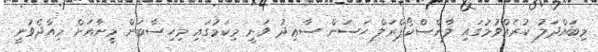
މިބައްދަލު ކުރެއްވުމުގައި ލާންސްކޯޕްރަލް ޙަސަން ސާޢިދު ވަނީ މިކަމުގައި މިހިސާބަށް މީނާއަށް މިއާދެވުނީ